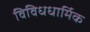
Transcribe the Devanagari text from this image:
विविधधार्मिक